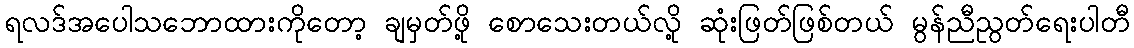
ရလဒ်အပေါသဘောထားကိုတော့ ချမှတ်ဖို့ စောသေးတယ်လို့ ဆုံးဖြတ်ဖြစ်တယ် မွန်ညီညွတ်ရေးပါတီ